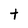
Character: t